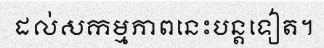
ដល់សកម្មភាពនេះបន្តទៀត។